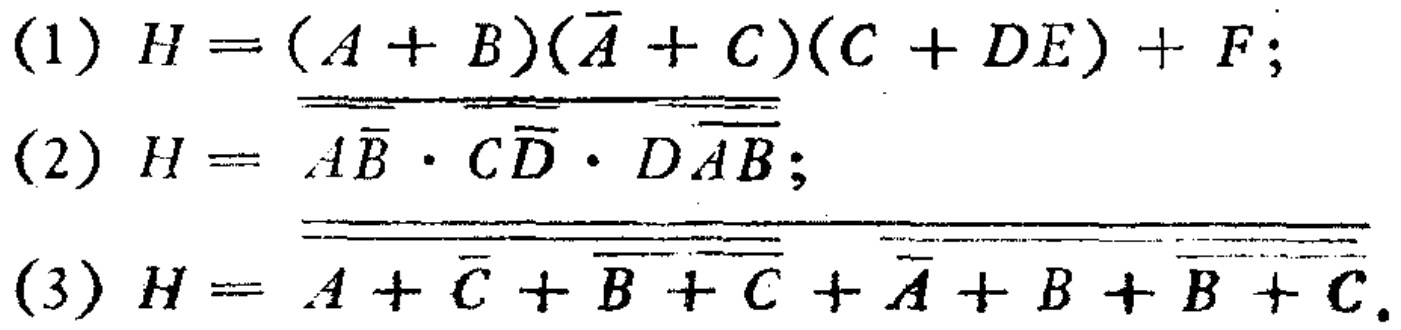
(1) \(H=(A + B)(\overline{A}+C)(C + DE)+F\);
(2) \(H=\overline{\overline{A\overline{B}}\cdot\overline{C\overline{D}}\cdot\overline{D\overline{A}B}}\);
(3) \(H=\overline{\overline{\overline{A+\overline{C}}+\overline{\overline{B}+C}}+\overline{\overline{\overline{A}+B}+\overline{\overline{B}+C}}}\).